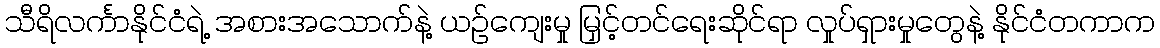
သီရိလင်္ကာနိုင်ငံရဲ့ အစားအသောက်နဲ့ ယဉ်ကျေးမှု မြှင့်တင်ရေးဆိုင်ရာ လှုပ်ရှားမှုတွေနဲ့ နိုင်ငံတကာက